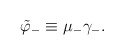
\begin{align*}\tilde \varphi_- \equiv \mu_- \gamma_-. \end{align*}